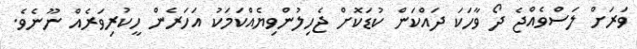
ވަރަށް ލަސްވެއްޖެ ދޯ ވާހަކަ ދައްކަން ކުޑަކޮށް ޖެހިލުންވިޔެއްކަމަކު އަހަރެން ހީކުރިވަރެއް ނޫނެވެ.